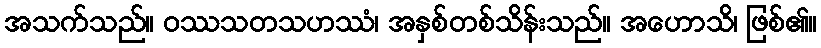
အသက်သည်။ ဝဿသတသဟဿံ၊ အနှစ်တစ်သိန်းသည်။ အဟောသိ၊ ဖြစ်၏။